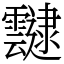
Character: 靆